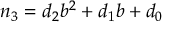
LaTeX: n _ { 3 } = d _ { 2 } b ^ { 2 } + d _ { 1 } b + d _ { 0 }